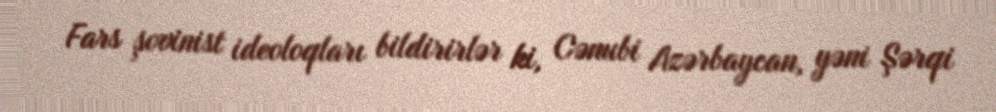
Fars şovinist ideoloqları bildirirlər ki, Cənubi Azərbaycan, yəni Şərqi